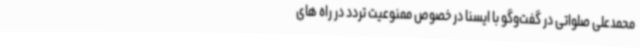
محمدعلی صلواتی در گفت‌وگو با ایسنا در خصوص ممنوعیت تردد در راه های